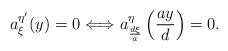
LaTeX: \begin{align*}a_{\xi}^{\eta'}(y)=0\Longleftrightarrow a_{\frac{d\xi}{a}}^{\eta}\left(\frac{ay}{d}\right)=0.\end{align*}